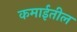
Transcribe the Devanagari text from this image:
कमाईतील